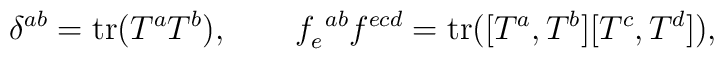
\delta^{ab}={\rm tr}(T^aT^b),\qquad f^{\ ab}_ef^{ecd}={\rm tr}([T^a,T^b][T^c,T^d]),